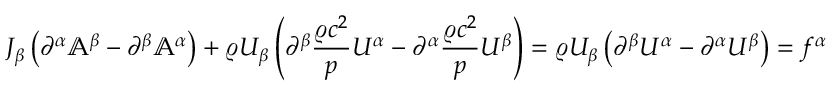
J _ { \beta } \left( \partial ^ { \alpha } \mathbb { A } ^ { \beta } - \partial ^ { \beta } \mathbb { A } ^ { \alpha } \right) + \varrho U _ { \beta } \left( \partial ^ { \beta } \frac { \varrho c ^ { 2 } } { p } U ^ { \alpha } - \partial ^ { \alpha } \frac { \varrho c ^ { 2 } } { p } U ^ { \beta } \right) = \varrho U _ { \beta } \left( \partial ^ { \beta } U ^ { \alpha } - \partial ^ { \alpha } U ^ { \beta } \right) = f ^ { \alpha }